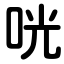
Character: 咣